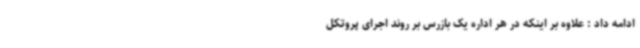
ادامه داد : علاوه بر اینکه در هر اداره یک بازرس بر روند اجرای پروتکل